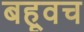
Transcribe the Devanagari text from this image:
बह्वृच